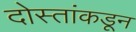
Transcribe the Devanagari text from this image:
दोस्तांकडून